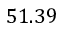
5 1 . 3 9